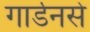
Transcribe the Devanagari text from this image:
गार्डनसे